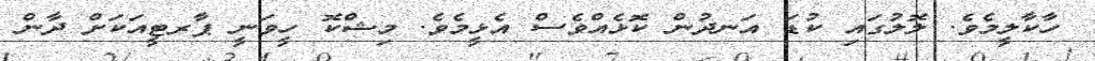
ހާކާލީމެވެ. ލޮލުގައި ކުޑަ އަނދުން ކޮޅެއްވެސް އެޅީމެވެ. މިޝްކޮ ހީވަނީ ޕާރޓީއަކަށް ދާން